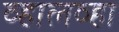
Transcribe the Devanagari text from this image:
व्हालव्हा